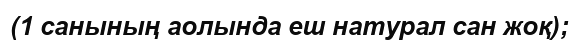
(1 санының аолында еш натурал сан жоқ);